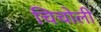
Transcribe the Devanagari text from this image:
चिचोली